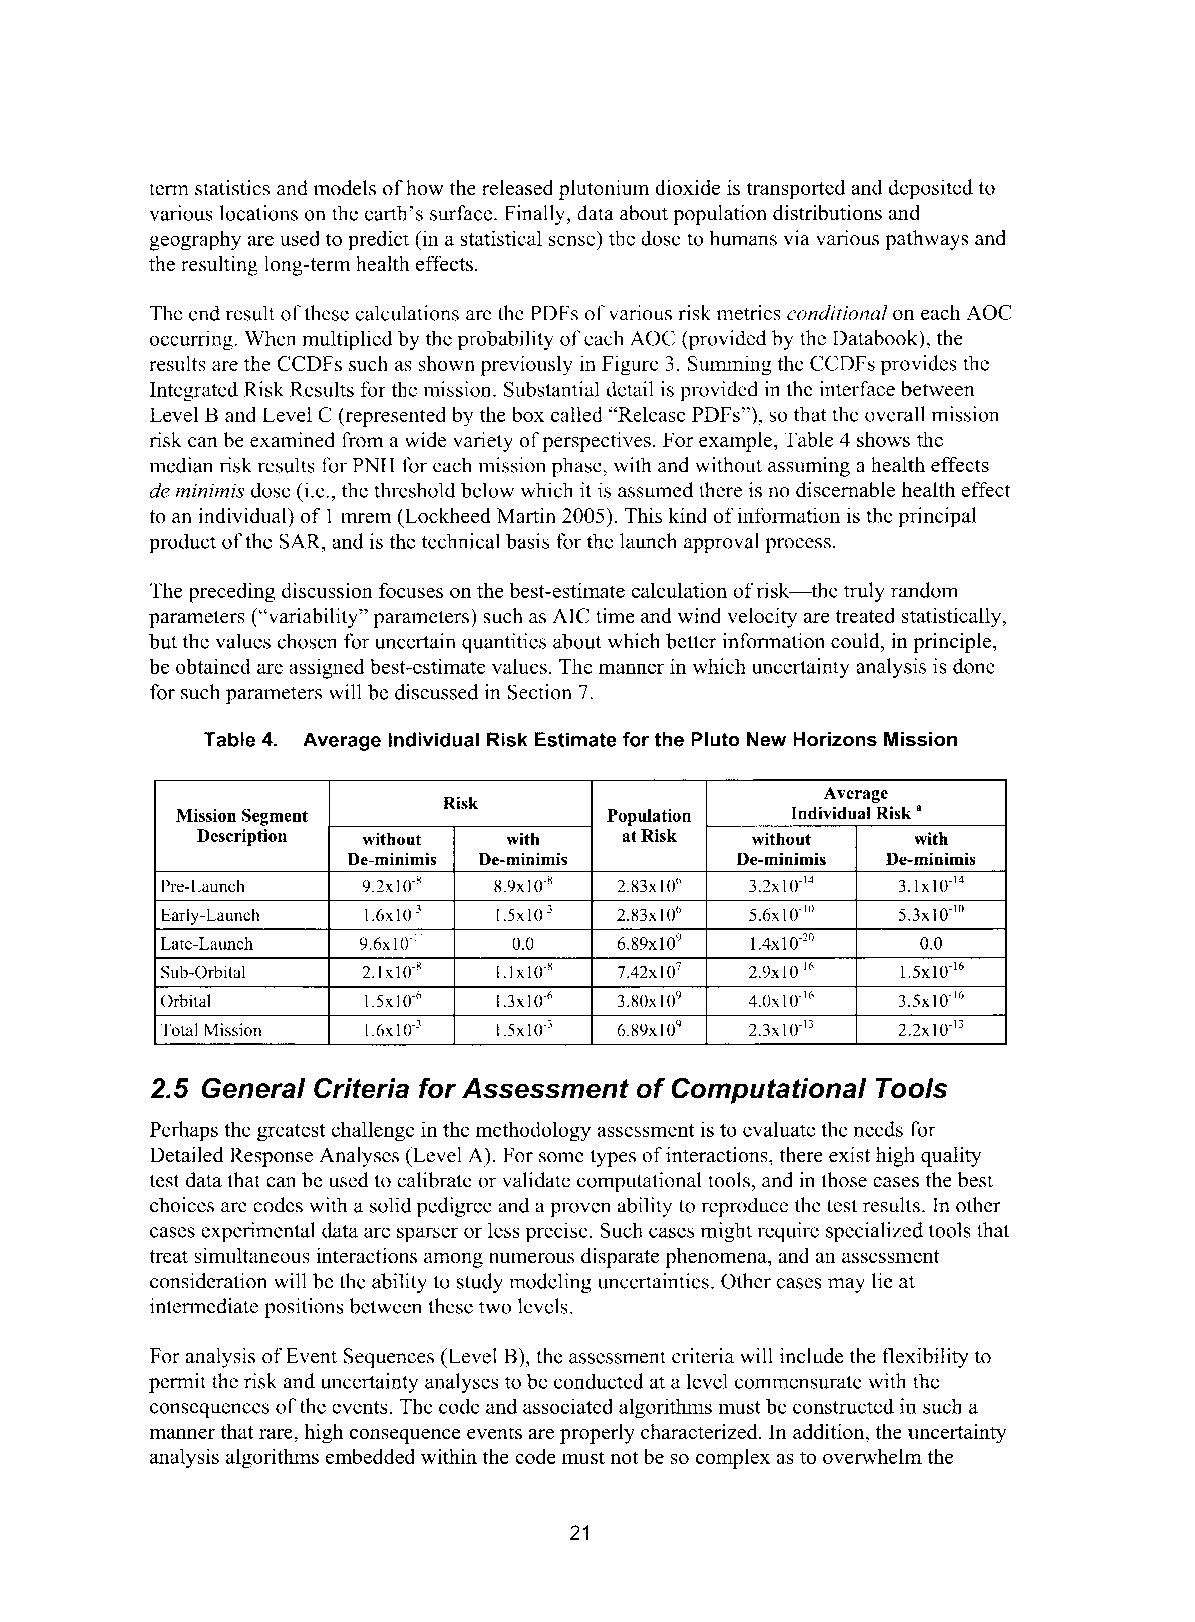
term statistics and models of how the released plutonium dioxide is transported and deposited to
 various locations on the earth’s surface. Finally, data about population distributions and
 geography are used to predict (in a statistical sense) the dose to humans via various pathways and
 the resulting long-term health effects.
 The end result of these calculations are the PDFs of various risk metrics conditional on each AOC
 occurring. When multiplied by the probability of each AOC (provided by the Databook), the
 results are the CCDFs such as shown previously in Figure 3. Summing the CCDFs provides the
 Integrated Risk Results for the mission. Substantial detail is provided in thc interface between
 Level B and Level C (represented by the box called “Release PDFs”), so that the overall mission
 risk can be examined from a wide variety of perspectives. For example, Table 4 shows the
 median risk results for PNH for each mission phase, with and without assuming a health effects
 de minimis dose (i.e., the threshold below which it is assumed there is no discernable health effect
 to an individual) of 1 mrem (Lockheed Martin 2005). This kind of information is the principal
 product of the SAR, and is the technical basis for the launch approval process.
 The preceding discussion focuses on the best-estimate calculation of risk-the truly random
 parameters (“variability” parameters) such as AIC time and wind velocity are treated statistically,
 but the values chosen for uncertain quantities about which better information could, in principle,
 be obtained are assigned best-estimate values. The manner in which uncertainty analysis is done
 for such parameters will be discussed in Section 7.
 Table 4. Average individual Risk Estimate for the Pluto New Horizons Mission
 Mission Segment
 2.5 General Criteria for Assessment of Computational Tools
 Perhaps the greatest challenge in the methodology assessment is to evaluate the needs for
 Detailed Response Analyses (Level A). For some types of interactions, there exist high quality
 test data that can be used to calibrate or validate computational tools, and in those cases the best
 choices are codes with a solid pedigree and a proven ability to reproduce the test results. In other
 cases experimental data are sparser or less precise. Such cases might require specialized tools that
 treat simultaneous interactions among numerous disparate phenomena, and an assessment
 consideration will be the ability to study modeling uncertainties. Other cases may lie at
 intermediate positions between these two levels.
 For analysis of Event Sequences (Level B), the asscssment criteria will include the flexibility to
 permit the risk and uncertainty analyses to be conducted at a level commensurate with the
 consequences of the events. The code and associated algorithms must be constructed in such a
 manner that rare, high consequence events are properly characterized. In addition, the uncertainty
 analysis algorithms embedded within the code must not be so complex as to overwhelm the
 21